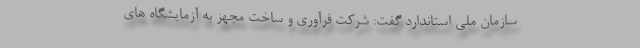
سازمان ملی استاندارد گفت: شرکت فرآوری و ساخت مجهز به آزمایشگاه های